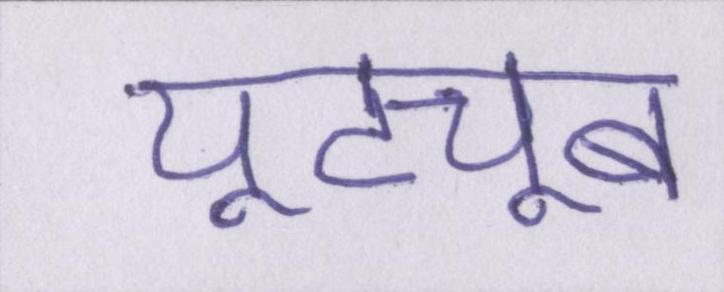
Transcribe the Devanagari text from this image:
यूट्यूब